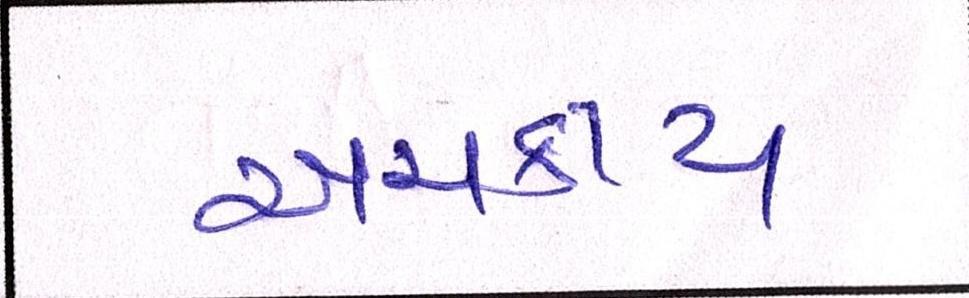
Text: અચકાય